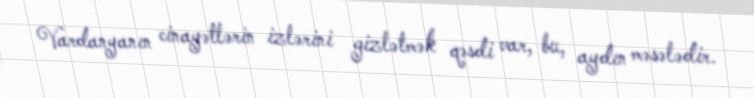
Vardanyanın cinayətlərin izlərini gizlətmək qəsdi var, bu, aydın məsələdir.